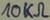
Text: 10KΩ